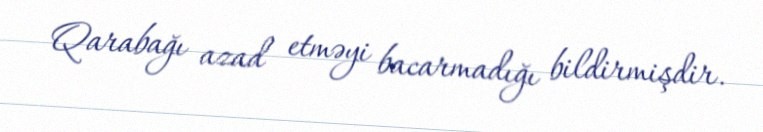
Qarabağı azad etməyi bacarmadığı bildirmişdir.